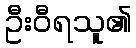
ဦးဝီရသူ၏